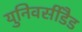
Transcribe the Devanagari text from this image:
युनिवर्सीडैड